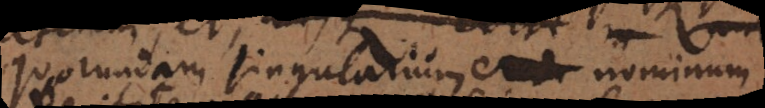
quorundam singularium e_ nominum